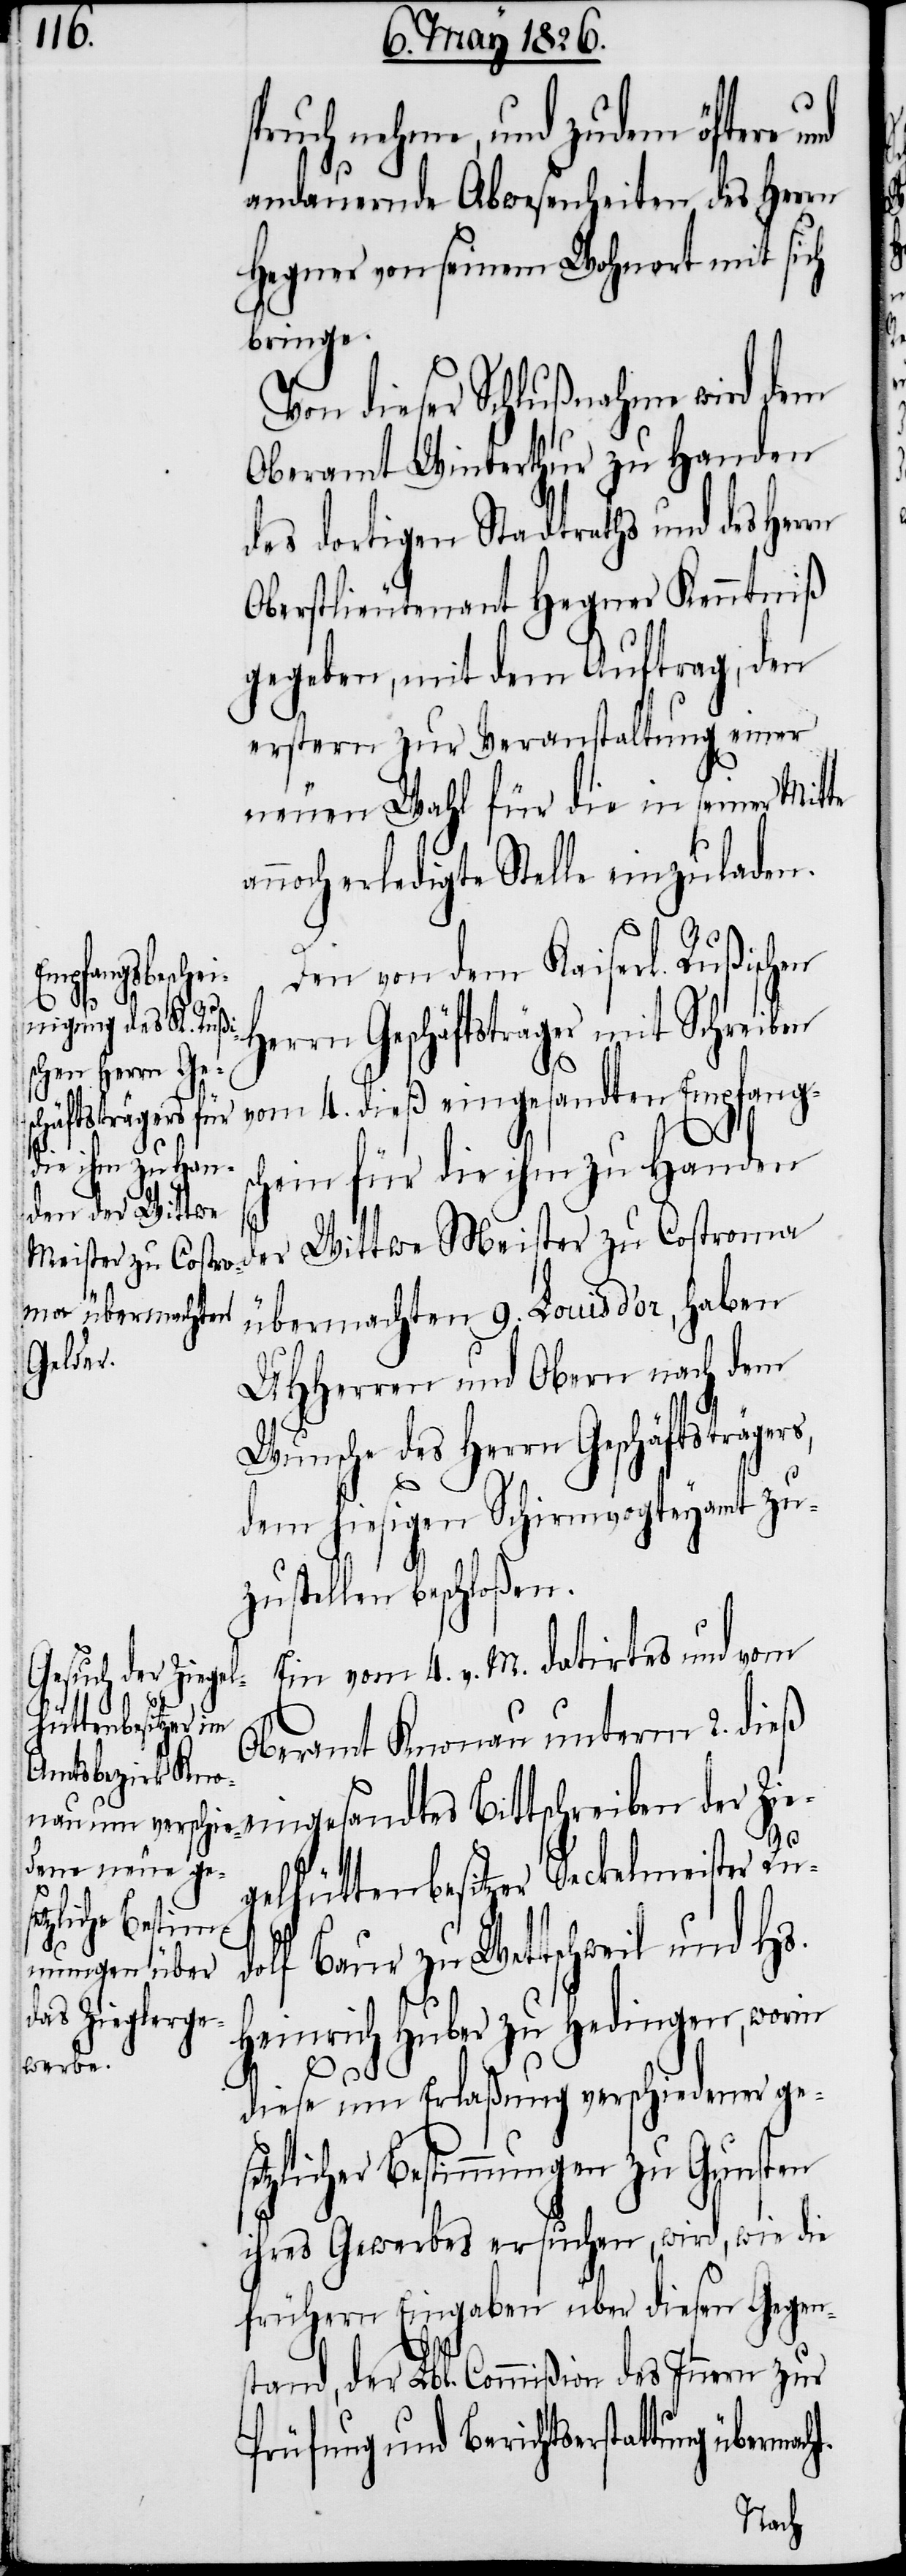
pruch nehme, und zudem öftere
andauernde Abwesenheiten des Herrn
Hegner von seinem Wohnort mit sich
bringe.
Von dieser Schlußnahme wird dem
Oberamt Winterthur zu Handen
des dortigen Stadtraths und des Herrn
Oberstlieutenant Hegner Kenntniß
gegeben, mit dem Auftrag, den
erstern zur Veranstaltung einer
neuen Wahl für die in seiner Mitte
noch erledigte Stelle einzuladen.
Den von dem Kaiserl. Rußischen
Herrn Geschäftsträger mit Schreiben
vom 4. dieß eingesandten Empfang¬
Costroma
die ihm zu Han¬
den der Wittwe
übermachten 9. Louis d’or, haben
tung übermacht.
UHHerren und Obern nach dem
Wunsche des Herrn Geschäftsträger¬
s,
dem hiesigen Schirmvogteyamt zu¬
zustellen beschloßen.
Ein vom 4. v. M. datirtes und vom
Oberamt Knonau unterm 2. dieß
eingesandtes Bittschreiben der Zie¬
s¬
gelhüttenbesitzer Seckelmeister Ru¬
dolf Baur zu Wettschweil und Hs.
Heinrich Huber zu Hedingen, worin
an¬
diese um Erlaßung verschiedener ge¬
setzlicher Bestimmungen zu Gunsten
ihres Gewerbes ersuchen, wird, wie die
frühern Eingaben über diesen Gegen¬
stand, der Lbl. Commißion des Innern zur
Prüfung und Berichtserstat¬